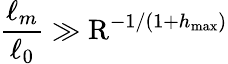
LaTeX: \frac{\ell_{m}}{\ell_{0}}\gg\mathrm{R}^{-1/(1+h_{\operatorname*{max}})}